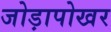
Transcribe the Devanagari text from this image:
जोड़ापोखर